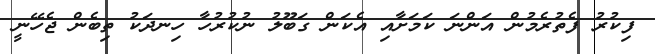
ފިކުރު ފެތުރެމުން އަންނަ ކަމަށާއި އެކަން ގަބޫލު ނުކުރުހާ ހިނދަކު ތިބެން ޖެހޭނީ